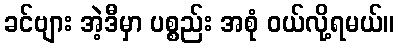
ခင်ဗျား အဲ့ဒီမှာ ပစ္စည်း အစုံ ဝယ်လို့ရမယ်။